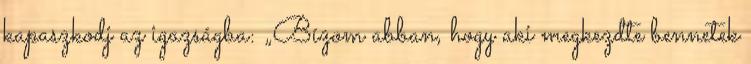
kapaszkodj az igazságba: „Bízom abban, hogy aki megkezdte bennetek